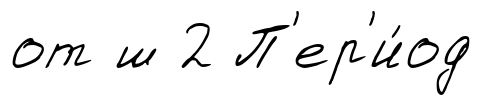
от ш 2 П'ер'и́од